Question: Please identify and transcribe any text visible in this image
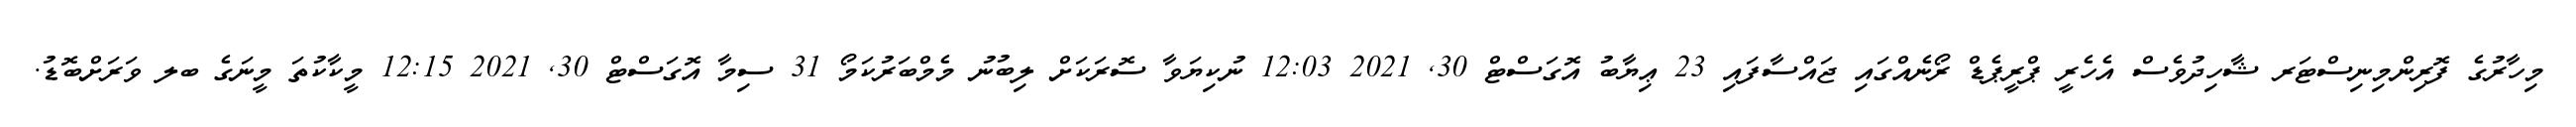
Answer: މިހާރުގެ ފޮރިންމިނިސްޓަރ ޝާހިދުވެސް އެހެރީ ޕްރީޕެޑް ރޯނެއްގައި ޖައްސާފައި 23 ޢިޔާބު އޮގަސްޓް 30, 2021 12:03 ނުކިޔަވާ ސޮރަކަށް ލިބުނު މެމްބަރުކަމޯ 31 ސިމާ އޮގަސްޓް 30, 2021 12:15 މީކާކުތަ މީނަގެ ބލ ވަރަށްބޮޑު.